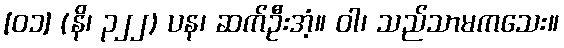
[၀၁] (နိ၊ ၃၂၂) ပန၊ ဆက်ဦးအံ့။ ဝါ၊ သည်သာမကသေး။